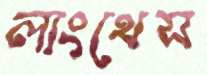
লাংথেস